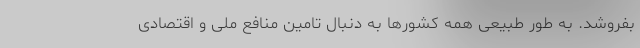
بفروشد. به‌ طور طبیعی همه کشورها به دنبال تامین منافع ملی و اقتصادی